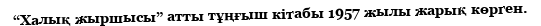
“Халық жыршысы” атты тұңғыш кітабы 1957 жылы жарық көрген.